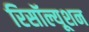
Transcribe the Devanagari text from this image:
रिसॉल्यूशन